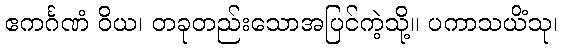
ဧကင်္ဂဏံ ဝိယ၊ တခုတည်းသောအပြင်ကဲ့သို့။ ပကာသယိံသု၊